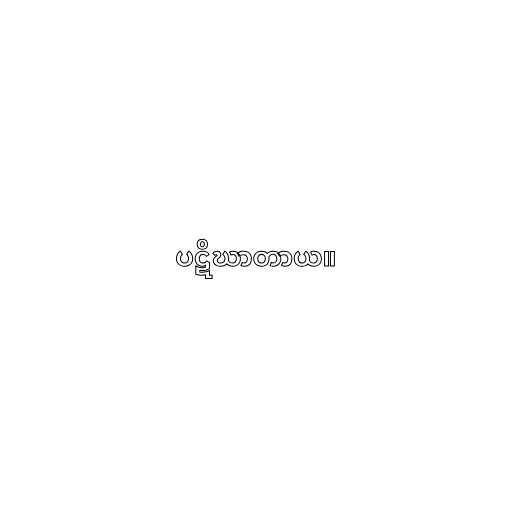
ပဋိဃာတာယ။